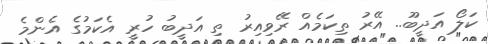
ކަލޯ އަދީބޫ.. އޭރު ތިކަމެއް ރޭވިއިރު ތި އަދީބު ހުރީ އެކަމުގެ އެންމެ